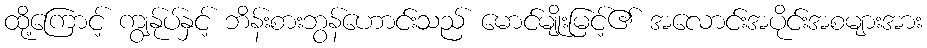
ထို့ကြောင့် ကျွန်ုပ်နှင့် ဘိန်းစားဘွန်ဟောင်းသည် မောင်မျိုးမြင့်၏ အလောင်းအပိုင်းအစများအား